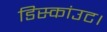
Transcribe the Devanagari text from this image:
डिस्कांउट।